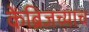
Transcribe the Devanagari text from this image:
केंब्रिजच्याच